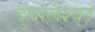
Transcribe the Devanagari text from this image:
दुधालेश्‍वर